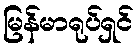
မြန်မာရုပ်ရှင်